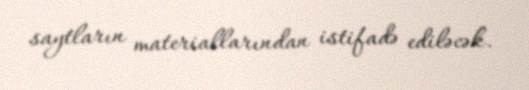
saytların materiallarından istifadə ediləcək.